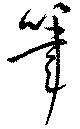
筆